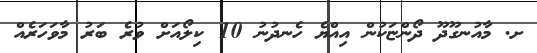
ށ. މާއުނގޫދޫ ދޯންޏަކުން އިއްޔެ ހެނދުނު 10 ކިލޯއަށް ވުރެ ބަރު މާވަހަރެއް